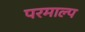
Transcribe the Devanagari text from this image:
परमाल्प